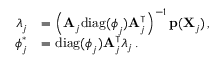
\begin{array} { r l } { \boldsymbol { \lambda } _ { j } } & { = \left( \mathbf { A } _ { j } \mathrm { d i a g } ( \boldsymbol { \phi } _ { j } ) \mathbf { A } _ { j } ^ { \intercal } \right) ^ { - 1 } \mathbf { p } ( \mathbf { X } _ { j } ) \, , } \\ { \boldsymbol { \phi } _ { j } ^ { \ast } } & { = \mathrm { d i a g } ( \boldsymbol { \phi } _ { j } ) \mathbf { A } _ { j } ^ { \intercal } \boldsymbol { \lambda } _ { j } \, . } \end{array}